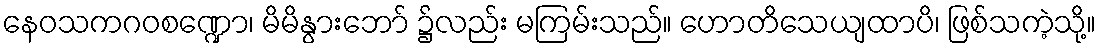
နေဝသကဂဝစဏ္ဍော၊ မိမိနွားဘော် ၌လည်း မကြမ်းသည်။ ဟောတိသေယျထာပိ၊ ဖြစ်သကဲ့သို့။